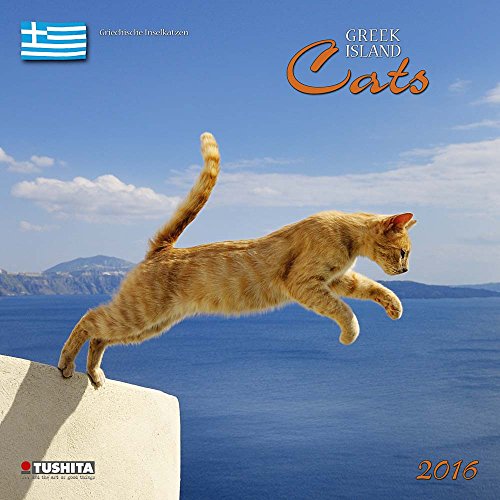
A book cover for Greek Island Cats (160316) (English, Spanish, French, Italian and German Edition); Tushita; Travel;